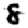
Digit: 8